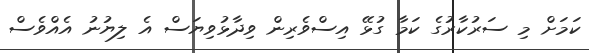
ކަމަށް މި ސަރުކާރުގެ ކަމާ ގުޅޭ އިސްވެރިން ވިދާޅުވިޔަސް އެ ލިޔުނު އެއްވެސް